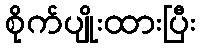
စိုက်ပျိုးထားပြီး